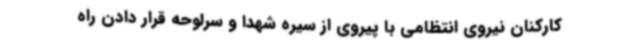
کارکنان نیروی انتظامی با پیروی از سیره شهدا و سرلوحه قرار دادن راه